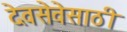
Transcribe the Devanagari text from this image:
देवसेवेसाठी